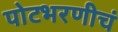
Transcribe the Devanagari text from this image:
पोटभरणीचं